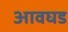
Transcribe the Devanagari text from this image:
आवघड